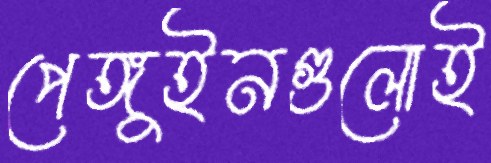
পেঙ্গুইনগুলোই